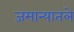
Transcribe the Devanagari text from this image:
जमान्यातले